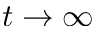
t \rightarrow \infty